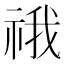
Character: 䄉